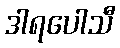
ဒါရပေါသီ